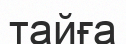
тайға